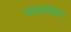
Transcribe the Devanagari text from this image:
नारूशंकर